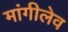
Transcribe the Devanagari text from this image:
मांगीलेव